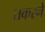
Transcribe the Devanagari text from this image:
तकरने